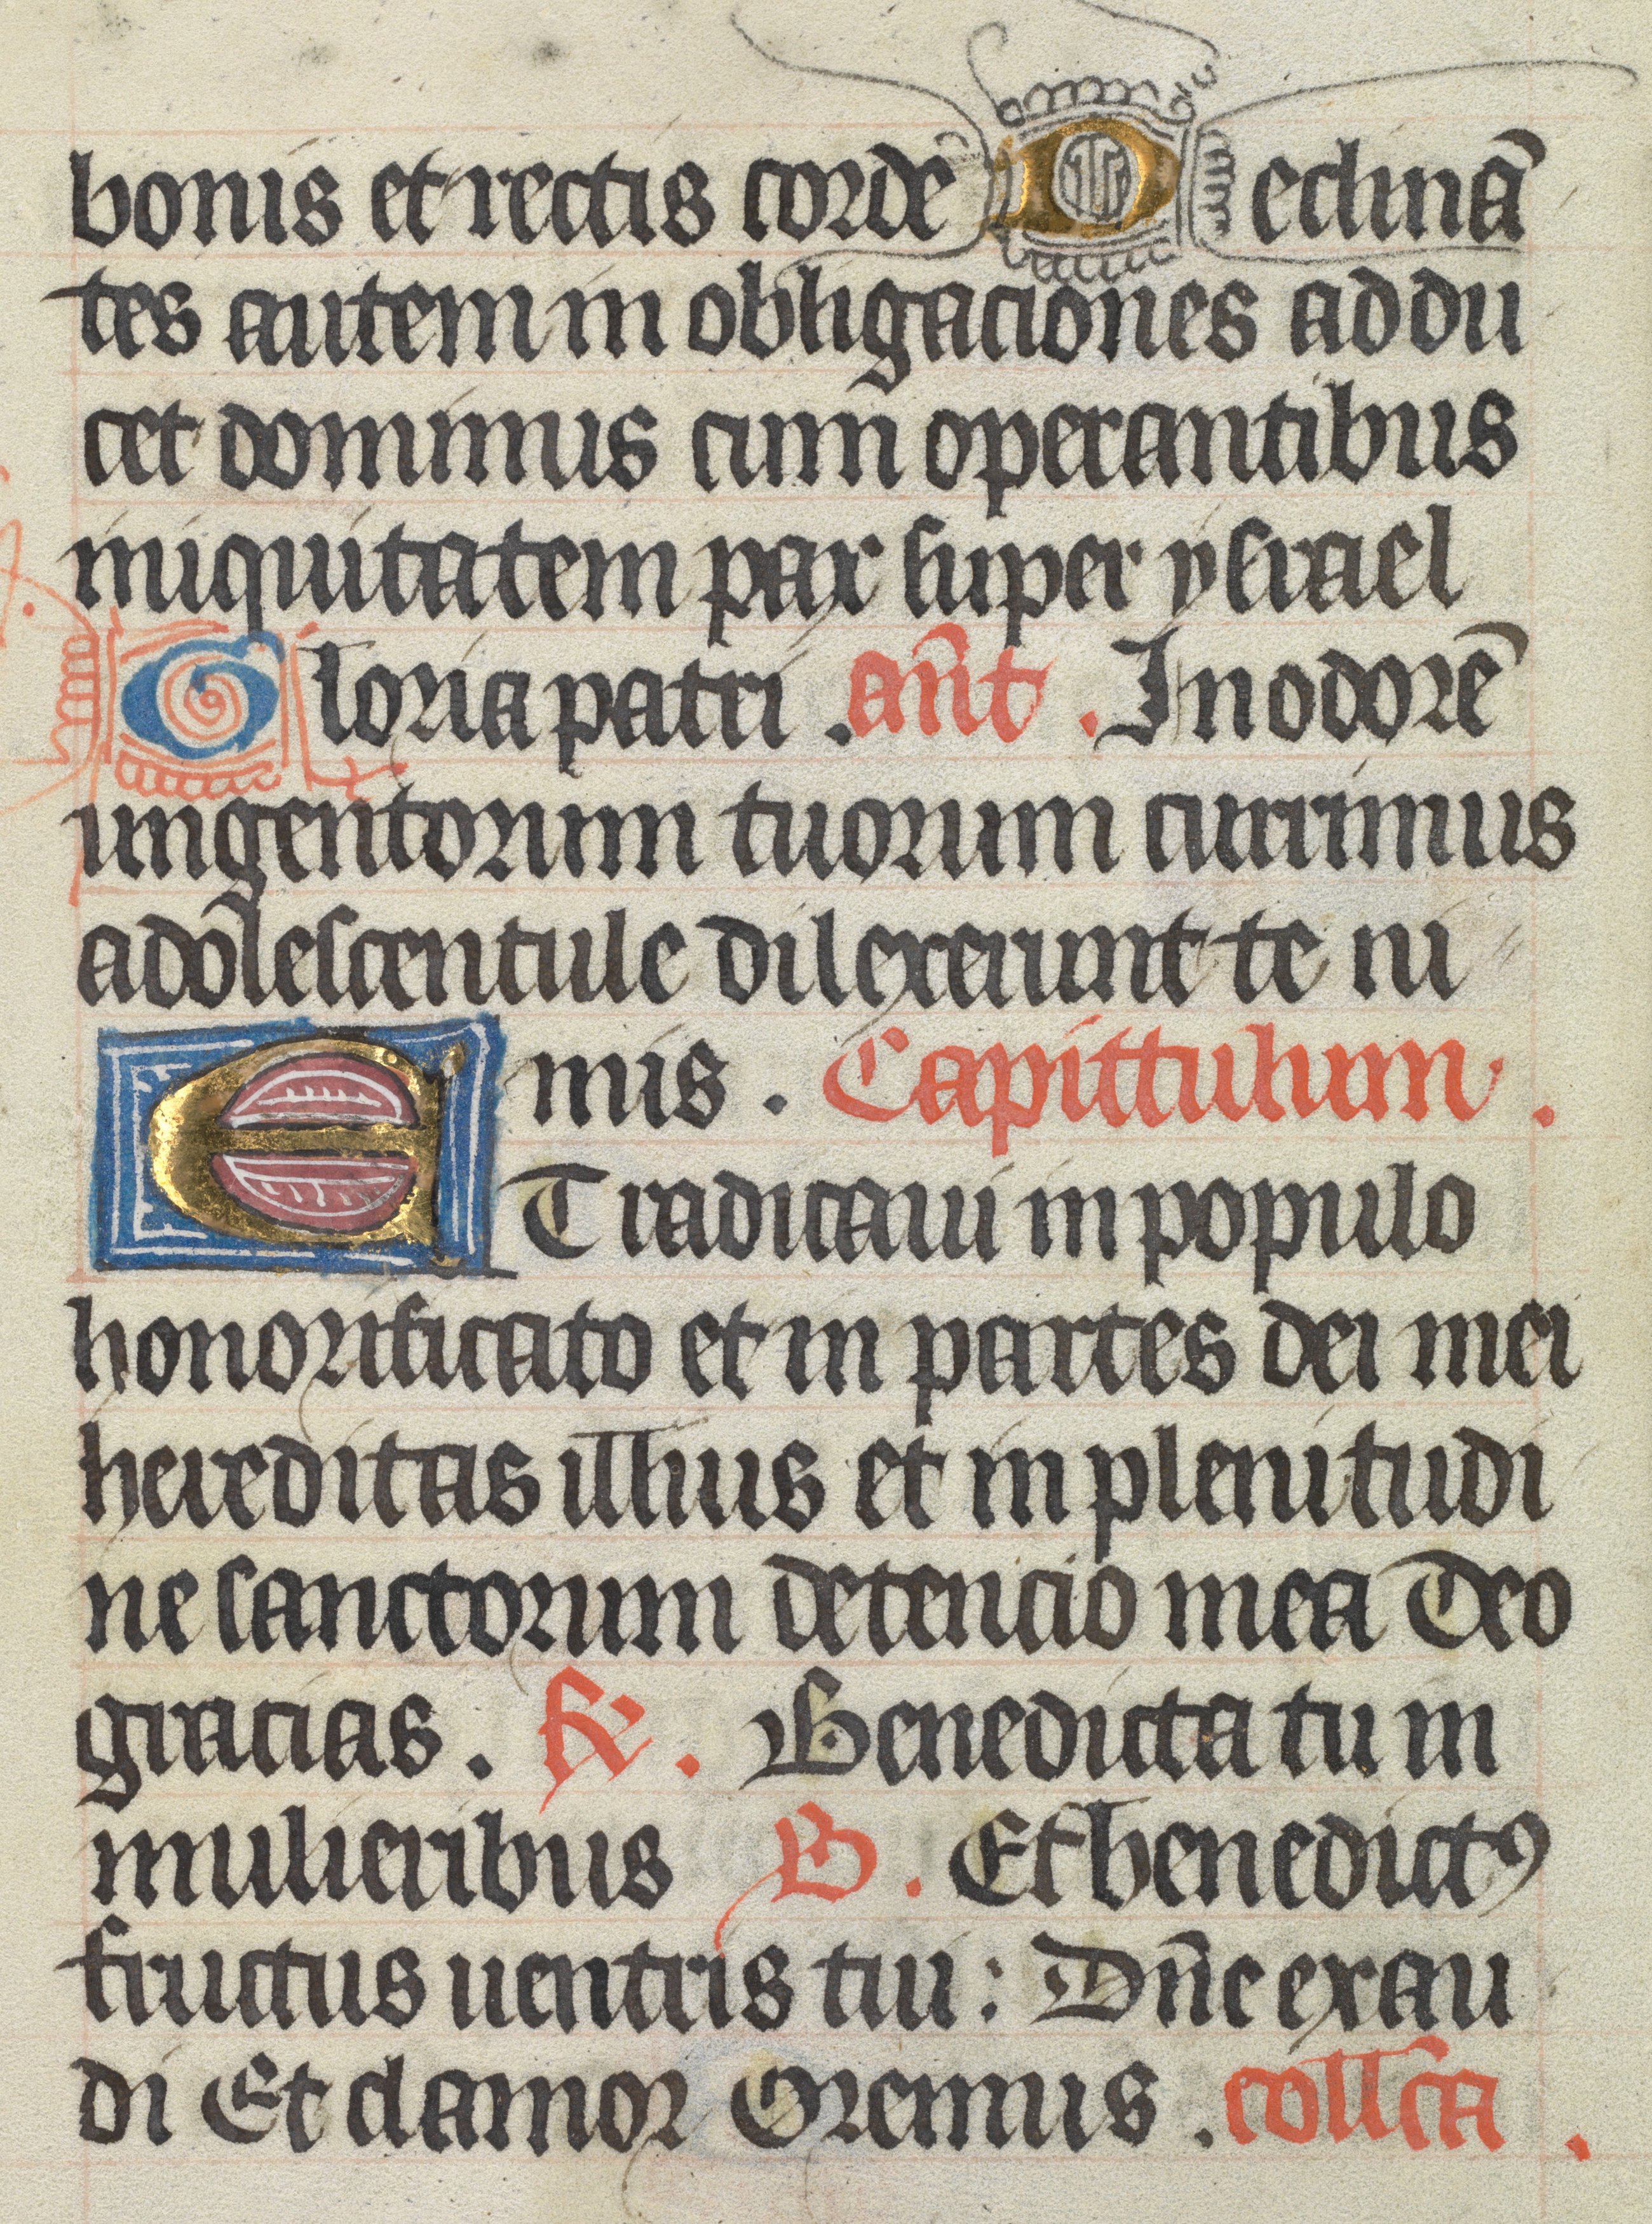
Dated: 1400–1499